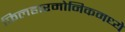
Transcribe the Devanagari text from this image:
फिलहारमोनिकमध्ये